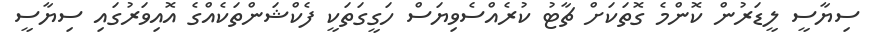
ސިޔާސީ ލީޑަރުން ކޮންމެ ގޮތަކަށް ޗާޓު ކުރެއްސެވިޔަސް ހަގީގަތަކީ ފެކްޝަންތަކެއްގެ އޮއިވަރުގައި ސިޔާސީ